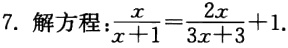
7. 解方程：$\frac{x}{x + 1}=\frac{2x}{3x + 3}+1.$